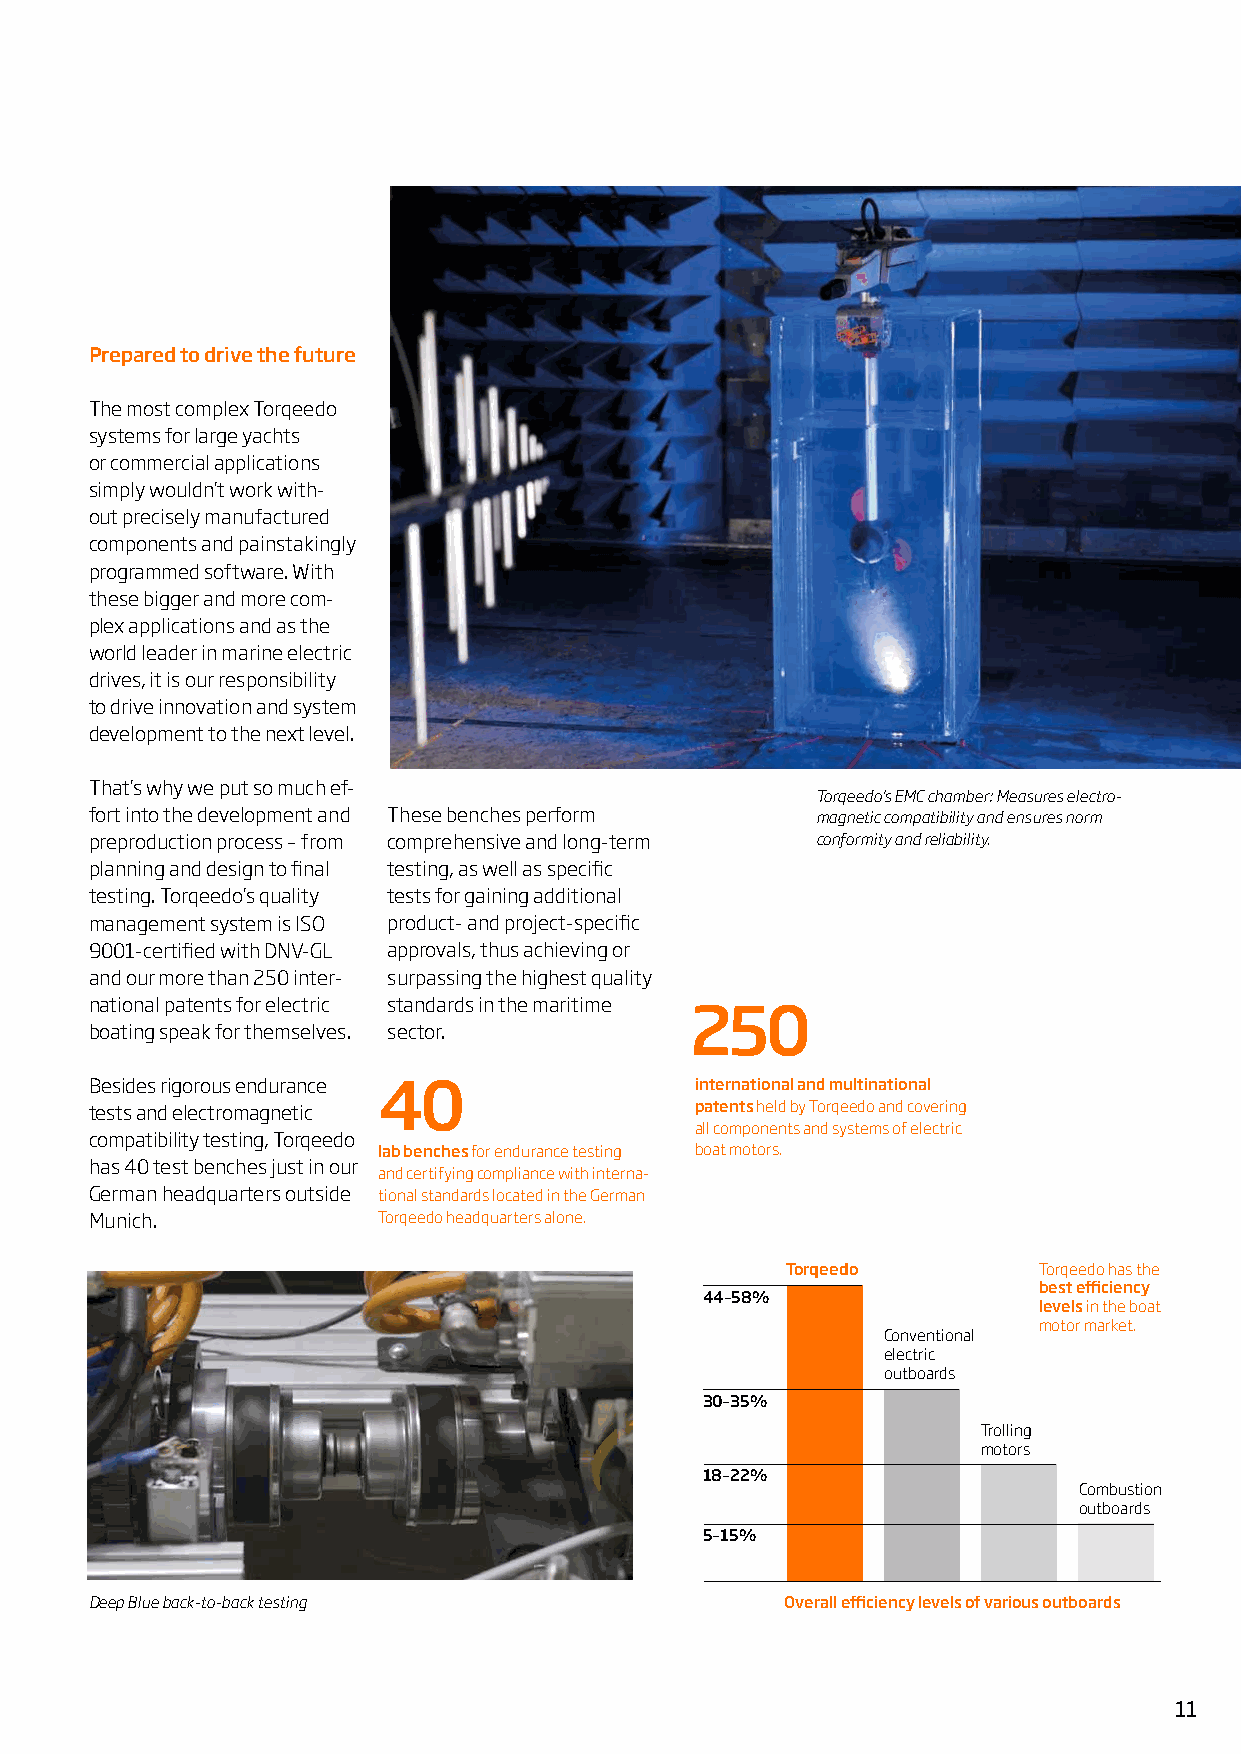
Prepared to drive the future
 The most complex Torqeedo
 systems for large yachts
 or commercial applications
 simply wouldn’t work with-
 out precisely manufactured
 components and painstakingly
 programmed software. With
 these bigger and more com-
 plex applications and as the
 world leader in marine electric
 drives, it is our responsibility
 to drive innovation and system
 development to the next level.
 That’s why we put so much ef-
 Torqeedo’s EMC chamber: Measures electro-
 fort into the development and These benches perform magnetic compatibility and ensures norm
 preproduction process – from comprehensive and long-term conformity and reliability.
 planning and design to final testing, as well as specific
 testing. Torqeedo’s quality tests for gaining additional
 management system is ISO product- and project-specific
 9001-certified with DNV-GL approvals, thus achieving or
 and our more than 250 inter- surpassing the highest quality
 national patents for electric standards in the maritime
 250
 boating speak for themselves. sector.
 Besides rigorous endurance 40           international and multinational
 tests and electromagnetic               patents held by Torqeedo and covering
 all components and systems of electric
 compatibility testing, Torqeedo
 lab benches for endurance testing boat motors.
 has 40 test benches just in our
 and certifying compliance with interna-
 German headquarters outside tional standards located in the German
 Munich.            Torqeedo headquarters alone.
 Torqeedo         Torqeedo has the
 best efficiency
 44–58%
 levels in the boat
 motor market.
 Conventional
 electric
 outboards
 30–35%
 Trolling
 motors
 18–22%
 Combustion
 outboards
 5–15%
 Deep Blue back-to-back testing                Overall efficiency levels of various outboards
 11